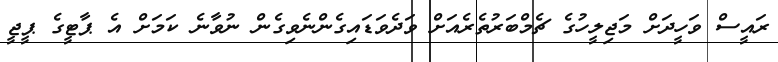
ރައީސް ވަހީދަށް މަޖިލީހުގެ ޗެމްބަރުތެރެއަށް ވަދެވަޑައިގެންނެވިގެން ނުވާނެ ކަމަށް އެ ޕާޓީގެ ޕީޖީ